Annual vaccination report of Bihar and Orissa - 1911-1928
Year: 1911
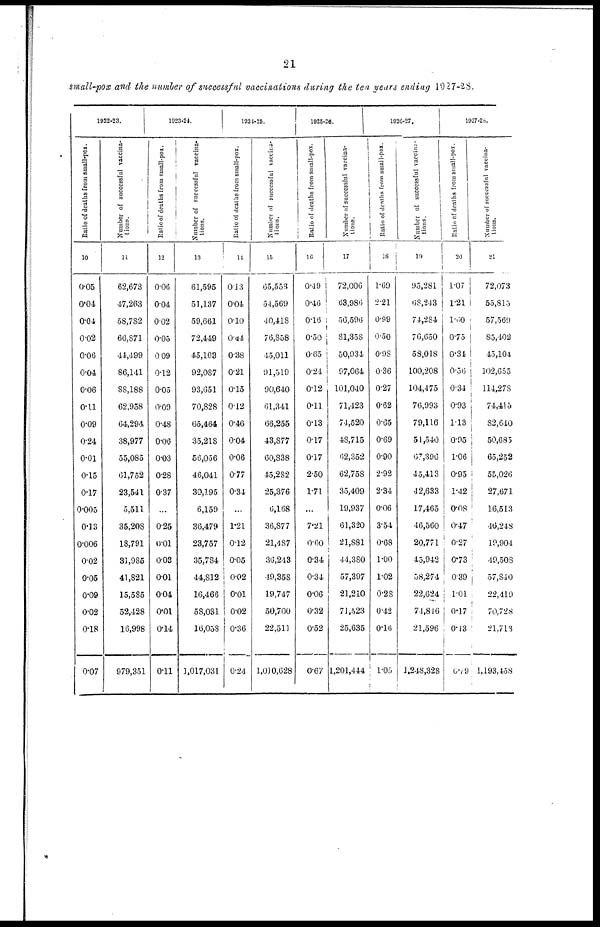
21
small-pox and the number of successful vaccinations during the ten years ending 1927-28.
1922-23.
Ratio of deaths from small-pox.
10
0.05
0.04
0.04
0.02
0.06
0.04
0.06
0.11
0.09
0.24
0.01
0.15
0.17
0.005
0.13
0.006
0.02
0.05
0.09
0.02
0.18
0.07
Number of successful vaccina-
tions.
11
62,673
47,263
58,782
66,871
44,499
86,141
88,188
62,958
64,294
38,977
55,085
61,752
23,541
5,511
35,208
18,791
31,985
41,821
15,585
52,428
16,998
979,351
1923-24.
Ratio of deaths from small-pox.
12
0.06
0.04
0.02
0.05
0.09
0.12
0.05
0.00
0.48
0.06
0.03
0.28
0.37
...
0.25
0.01
0.03
0.01
0.04
0.01
0.14
0.11
Number of successful vaccina-
tions.
13
61,595
51,137
59,661
72,449
45,103
92,087
93,651
70,828
65,464
35,218
56,056
46,041
30,195
6,159
36,479
23,757
35,784
44,812
16,466
58,031
16,058
1,017,031
1924-25.
Ratio of deaths from small-pox.
14
0.13
0.04
0.10
0.44
0.38
0.21
0.15
0.12
0.46
0.04
0.06
0.77
0.34
...
1.21
0.12
0.05
0.02
0.01
0.02
0.36
0.24
Number of successful vaccina-
tions.
15
65,553
54,569
40,418
76,858
45,011
91,519
90,640
61,341
66,255
43,877
60,838
45,282
25,376
6,168
36,877
21,487
36,243
49,358
19,747
50,700
22,511
1,010,628
1925-26.
Ratio of deaths from small-pox.
16
0.49
0.46
0.16
0.50
0.65
0.24
0.12
0.11
0.13
0.17
0.17
2.50
1.71
...
7.21
0.60
0.34
0.34
0.06
0.32
0.52
0.67
Number of successful vaccina-
tions.
17
72,006
63,986
56,596
81,358
50,934
97,064
101,040
71,423
74,520
48,715
62,352
62,758
35,409
19,937
61,320
21,881
44,380
57,397
21,210
71,523
25,635
1,201,444
1926-27.
Ratio of deaths from small-pox.
18
1.69
2.21
0.99
0.50
0.98
0.36
0.27
0.62
0.65
0.69
0.90
2.92
2.34
0.06
3.54
0.68
1.00
1.02
0.28
0.42
0.16
1.05
Number of successful vaccina-
tions.
19
95,281
68,243
74,284
76,650
58,018
100,208
104,475
76,993
79,116
51,540
67,396
45,413
42,633
17,465
46,560
20,771
45,942
58,274
22,624
74,816
21,596
1,248,328
1927-28.
Ratio of deaths from small-pox.
20
1.07
1.21
1.60
0.75
0.34
0.56
0.34
0.93
1.13
0.95
1.06
0.95
1.42
0.08
0.47
0.27
0.73
0.39
1.01
0.17
0.13
6.79
Number of successful vaccina-
tions.
21
72,073
55,815
57,569
85,402
45,104
102,655
114,278
74,415
82,640
50,685
65,252
55,026
27,671
16,513
46,248
19,904
49,508
57,840
22,419
70,728
21,713
1,193,158